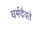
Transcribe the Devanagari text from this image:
धर्मदैवते